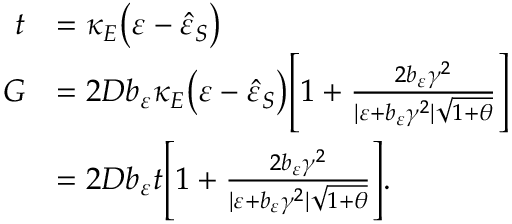
\begin{array} { r l } { t } & { = \kappa _ { E } \big ( \varepsilon - \hat { \varepsilon } _ { S } \big ) } \\ { G } & { = 2 D b _ { \varepsilon } \kappa _ { E } \big ( \varepsilon - \hat { \varepsilon } _ { S } \big ) \Bigg [ 1 + \frac { 2 b _ { \varepsilon } \gamma ^ { 2 } } { \vert \varepsilon + b _ { \varepsilon } \gamma ^ { 2 } \vert \sqrt { 1 + \theta } } \Bigg ] } \\ & { = 2 D b _ { \varepsilon } t \Bigg [ 1 + \frac { 2 b _ { \varepsilon } \gamma ^ { 2 } } { \vert \varepsilon + b _ { \varepsilon } \gamma ^ { 2 } \vert \sqrt { 1 + \theta } } \Bigg ] . } \end{array}